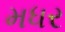
મધર